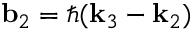
\mathbf { b } _ { 2 } = \hbar ( \mathbf { k } _ { 3 } - \mathbf { k } _ { 2 } )